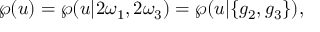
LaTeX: \wp ( u ) = \wp ( u | 2 \omega _ { 1 } , 2 \omega _ { 3 } ) = \wp ( u | \{ g _ { 2 } , g _ { 3 } \} ) ,